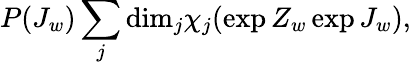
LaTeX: P(J_{w})\sum_{j}\mathrm{dim}_{j}\chi_{j}(\exp{Z_{w}}\exp{J_{w}}),